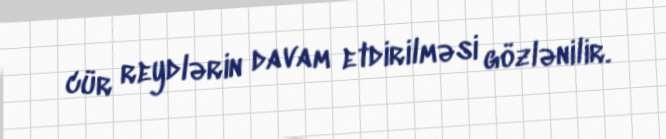
cür reydlərin davam etdirilməsi gözlənilir.